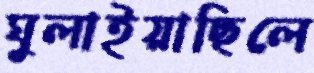
ঘুলাইয়াছিলে